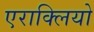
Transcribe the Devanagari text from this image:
एराक्लियो